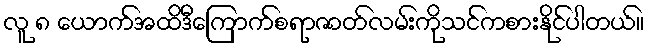
လူ ၈ ယောက်အထိဒီကြောက်စရာဇာတ်လမ်းကိုသင်ကစားနိုင်ပါတယ်။